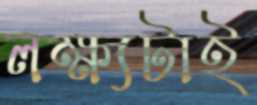
লক্ষ্যটাই